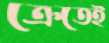
ক্রেতেই